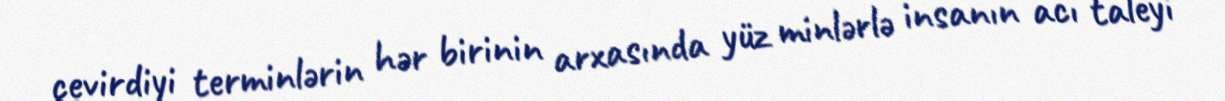
çevirdiyi terminlərin hər birinin arxasında yüz minlərlə insanın acı taleyi